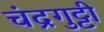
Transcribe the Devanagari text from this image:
चंद्रगुट्टी